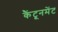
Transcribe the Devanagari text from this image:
कैंटूनमेंट